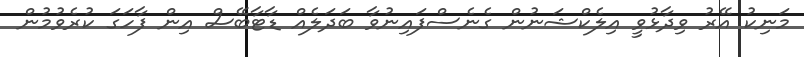
މަނިކު އޭރު ވިދާޅުވީ އިލެކްޝަނުން ގެނެސްފައިނުވާ ބަދަލެއް ޑާޓާބޭސް އިން ފާހަގަ ކުރެވުމުން